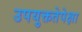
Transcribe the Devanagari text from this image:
उपयुक्ततेपेक्षा